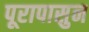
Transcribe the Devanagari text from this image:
पूरापासुन